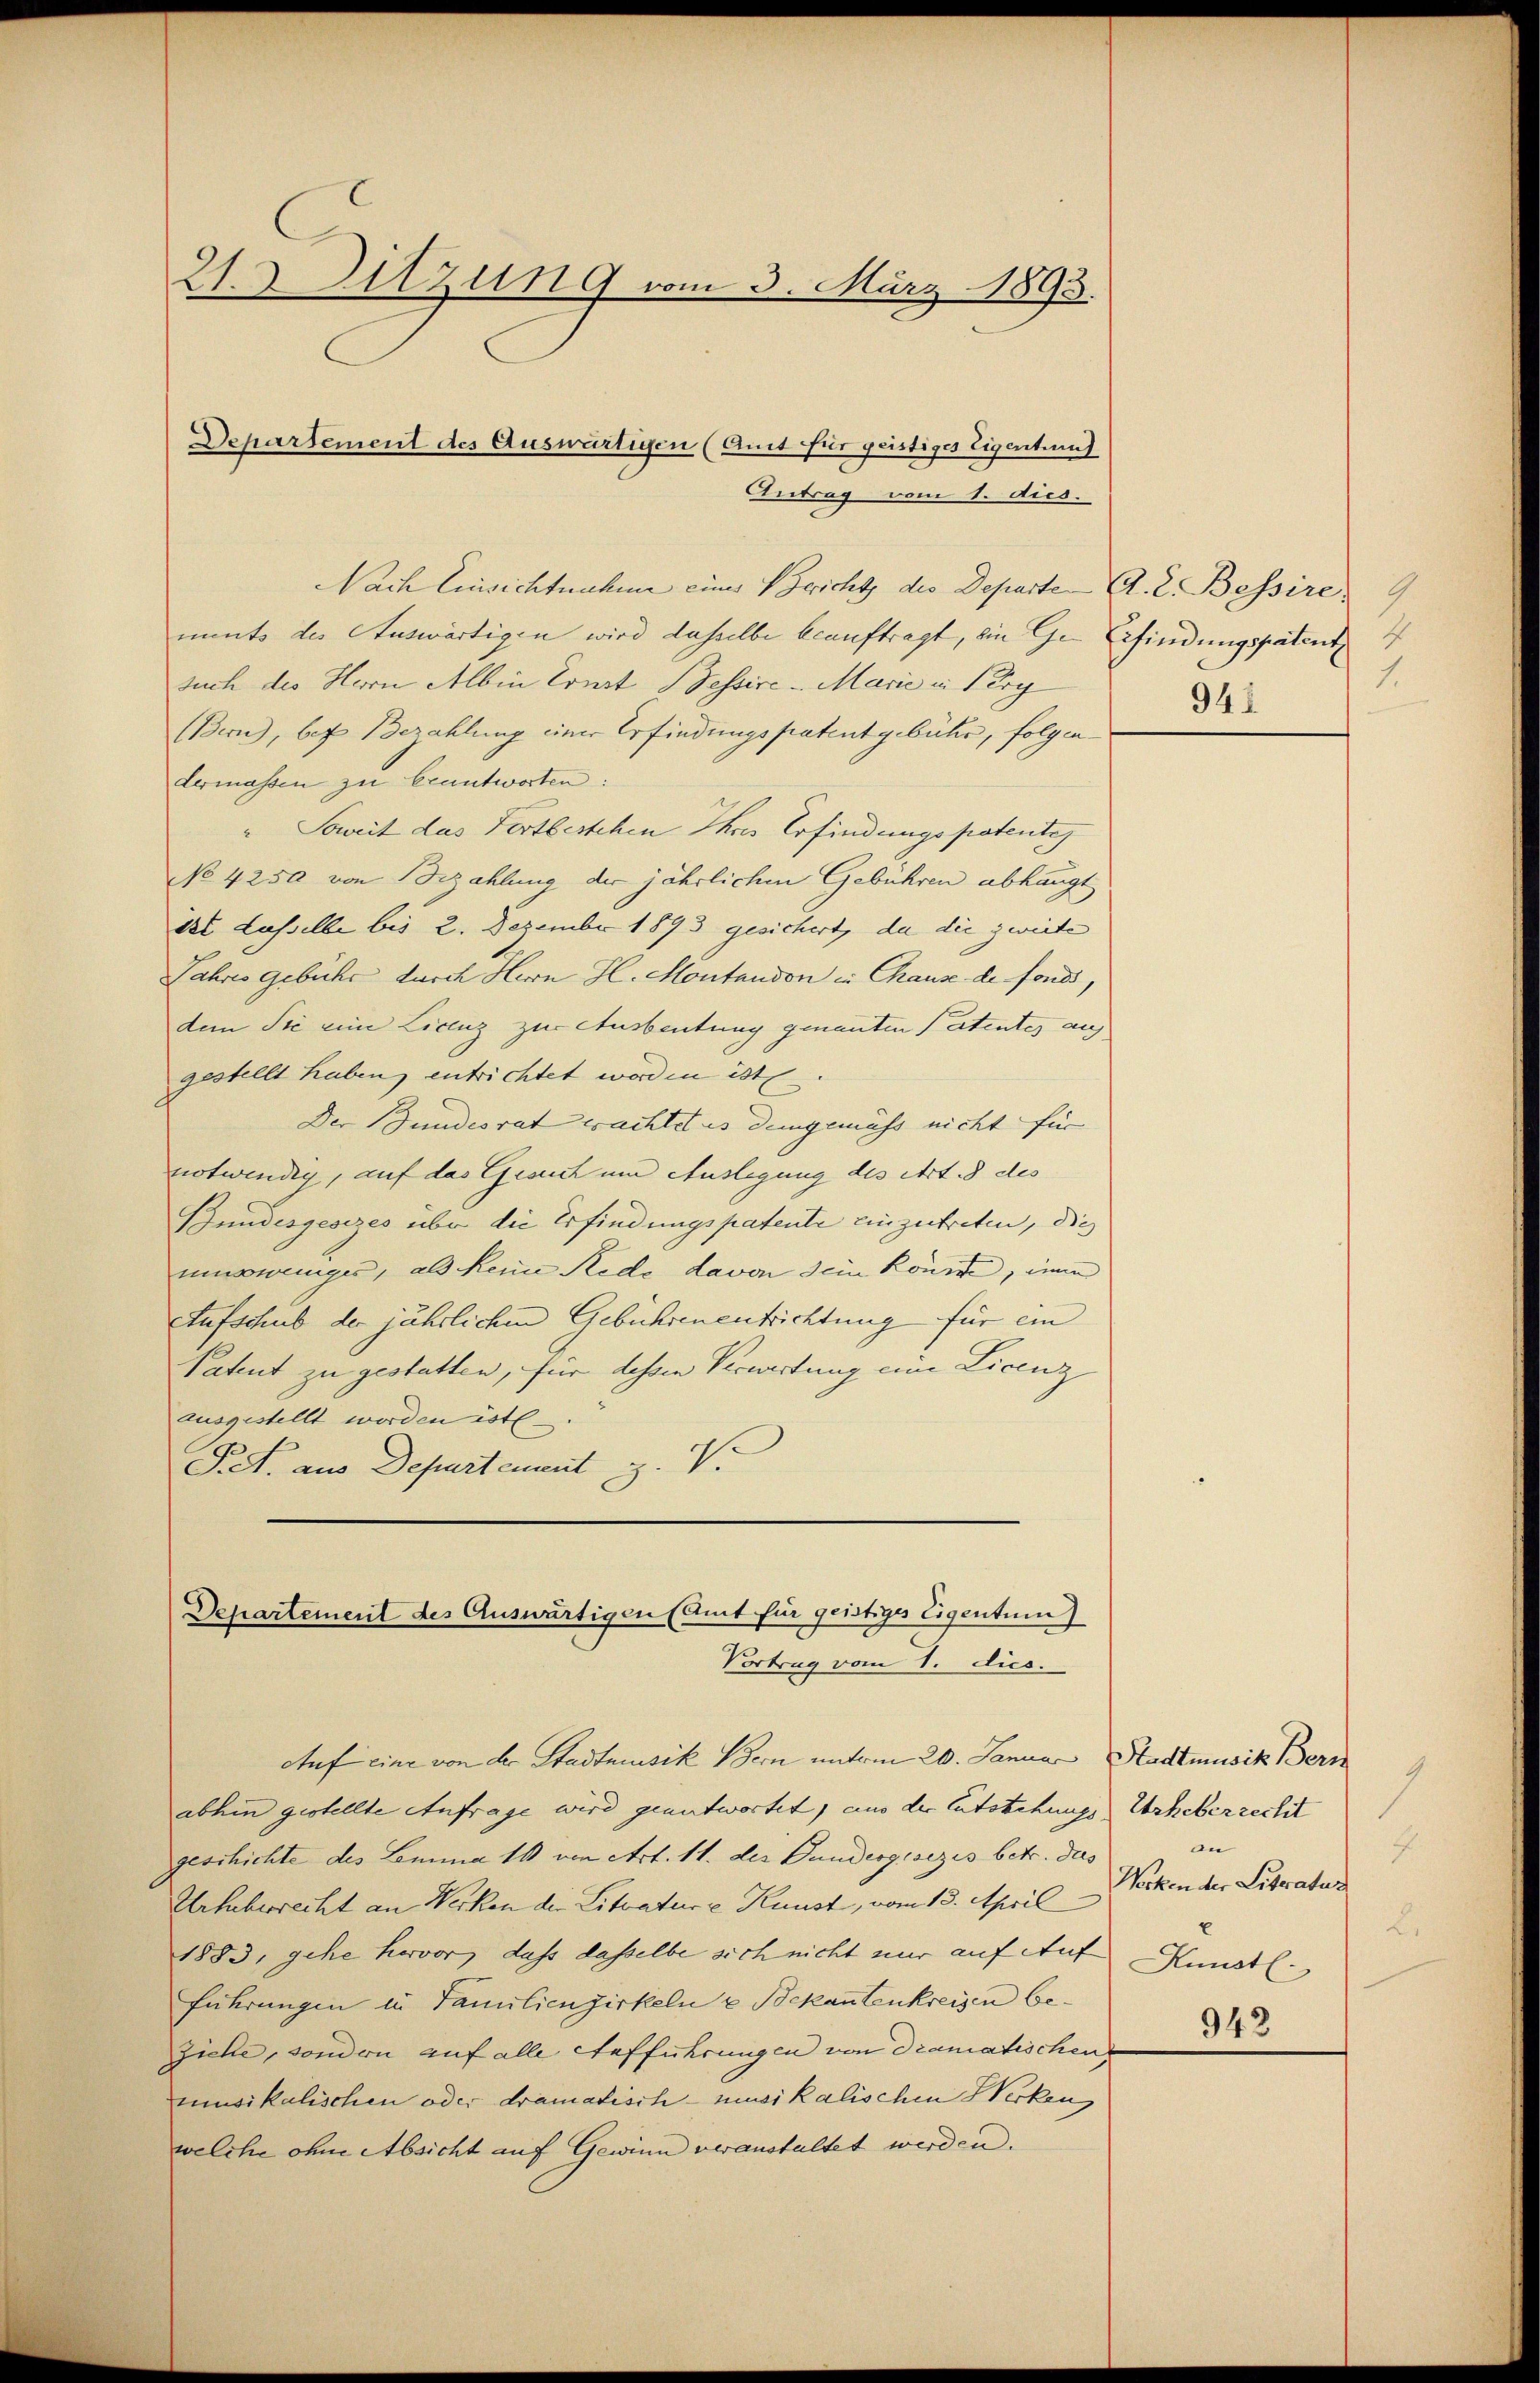
21. Sitzung vom 3. März 1893.

Nach Einsichtnahme einer Bericht des Departe A. L. Bessire 9
ments der Auswärtigen wird dasselbe beauftragt, ein Ge- Erfindungspatent
such des Herrn Albin Ernst Tessire - Marie u. Perg
(Bern, bez Bezahlung einer Erfindungspatentgebühr, folgendermassen zu beantworten:
" Soweit das Fortbestehen Ihres Erfindungspatente
No 4250 von Bezahlung der jährlichen Gebühren abhängt
dt Lasselbe bis 2. Dezember 1893 gesichert, da die zweite
Jahres gebühr durch Herrn H. Montandon in Chause de fonds,
dem Sie eine Licenz zur Ausbeutung genannten Patentes ausgestellt haben, entrichtet worden ist.
Der Bundesrat wachtet es demgemäss nicht für
notwendig, auf das Gesuch um Auslegung des Art. 8 des
Bundesgesezes über die Erfindungspatente einzutreten, die
umsoweniges, als keine Rede davon sein könnte, inne
Aufschub der jährlichen Gebührenentrichtung für ein
Patent zu gestatten, für dessen Verwartung ein Licenz
ausgestellt worden ist
Pet. aus Departement z. V.
Departement des Auswärtigen (Amt für geistiges Eigentum)
Vortrug vom 1. dies.

Departement des Auswärtigen (Amt für geistiges Eigentums
Antrag vom 1. dies.

1.
948

Auf eine von der Stadtmusik Bern unterm 20. Januar Stadtmusik Bern
abhin gestellte Anfrage wird geantwortet, uns der Entstehungs Urheberrecht
geschichte des Lemma 10 von Art. 11. des Gandergesezes betr. das
Urhaberrecht an Werken der Litvature Kunst, vom 13. April
1883, gehe hervor, dass dasselbe sich nicht nur auf Auf
Führungen in Familienzirkeln u. Bekantenkreisen beziehe, sondern auf alle Aufführungen von dramatischen
musikalischen oder dramatisch musikalischen Herken
welche ohne Absicht auf Gewinn veranstaltet werden.

1
4
on
Werken der Literatus
Li
Künstl

942